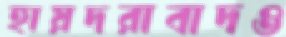
হায়দরাবাদও